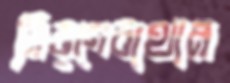
মিরগেবাথান